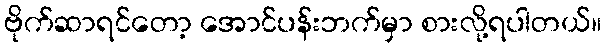
ဗိုက်ဆာရင်တော့ အောင်ပန်းဘက်မှာ စားလို့ရပါတယ်။